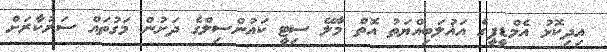
އިދިކޮޅު އެމްޑީޕީގެ އަޣުލަބިއްޔަތު އޮތް މާލޭ ސިޓީ ކައުންސިލްގެ ދަށުން މަގުތައް ސަރުކާރަށް